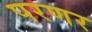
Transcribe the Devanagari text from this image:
परणर